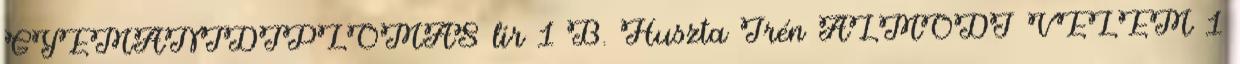
GYÉMÁNTDIPLOMÁS lír 1 B. Huszta Irén ÁLMODJ VELEM 1